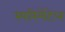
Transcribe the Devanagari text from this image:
स्परिमेंटेल